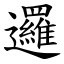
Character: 邏